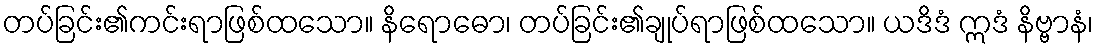
တပ်ခြင်း၏ကင်းရာဖြစ်ထသော။ နိရောဓော၊ တပ်ခြင်း၏ချုပ်ရာဖြစ်ထသော။ ယဒိဒံ ဣဒံ နိဗ္ဗာနံ၊